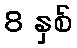
8 နှစ်